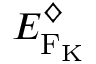
E _ { \mathrm { F _ { \mathrm { K } } } } ^ { \diamondsuit }